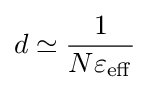
d\simeq {\frac {1}{N\varepsilon _{\mathrm {eff} }}}